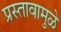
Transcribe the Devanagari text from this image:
प्रस्तावामुळे